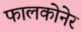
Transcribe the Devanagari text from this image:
फालकोनेर